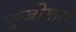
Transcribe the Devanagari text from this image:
फुजीमारा